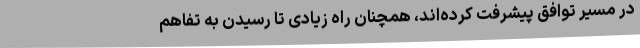
در مسیر توافق پیشرفت کرده‌اند، همچنان راه زیادی تا رسیدن به تفاهم